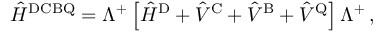
\begin{array} { r } { \hat { H } ^ { \mathrm { D C B Q } } = \Lambda ^ { + } \left[ \hat { H } ^ { \mathrm { D } } + \hat { V } ^ { \mathrm { C } } + \hat { V } ^ { \mathrm { B } } + \hat { V } ^ { \mathrm { Q } } \right] \Lambda ^ { + } \, , } \end{array}